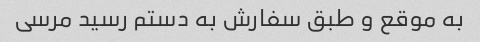
به موقع و طبق سفارش به دستم رسید مرسی